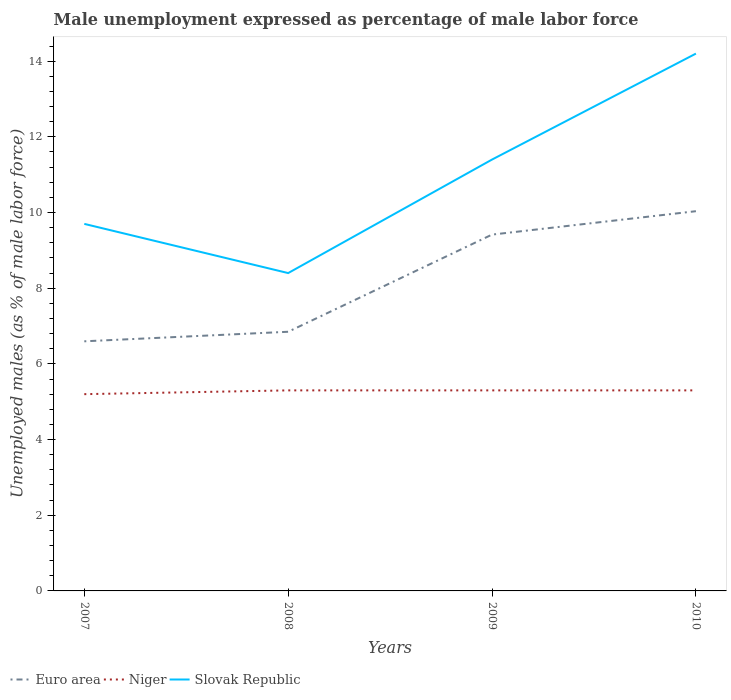
| Years | Euro area | Niger | Slovak Republic |
 | --- | --- | --- | --- |
 | 2007 | 6.6 | 5.2 | 9.7 |
 | 2008 | 6.85 | 5.3 | 8.4 |
 | 2009 | 9.42 | 5.3 | 11.4 |
 | 2010 | 10 | 5.3 | 14.2 |